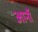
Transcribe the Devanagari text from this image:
आर्नॉ